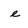
Character: e